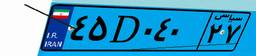
۸۲D۱۲۰۲۵